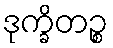
ဒုက္ခိတဉ္စ